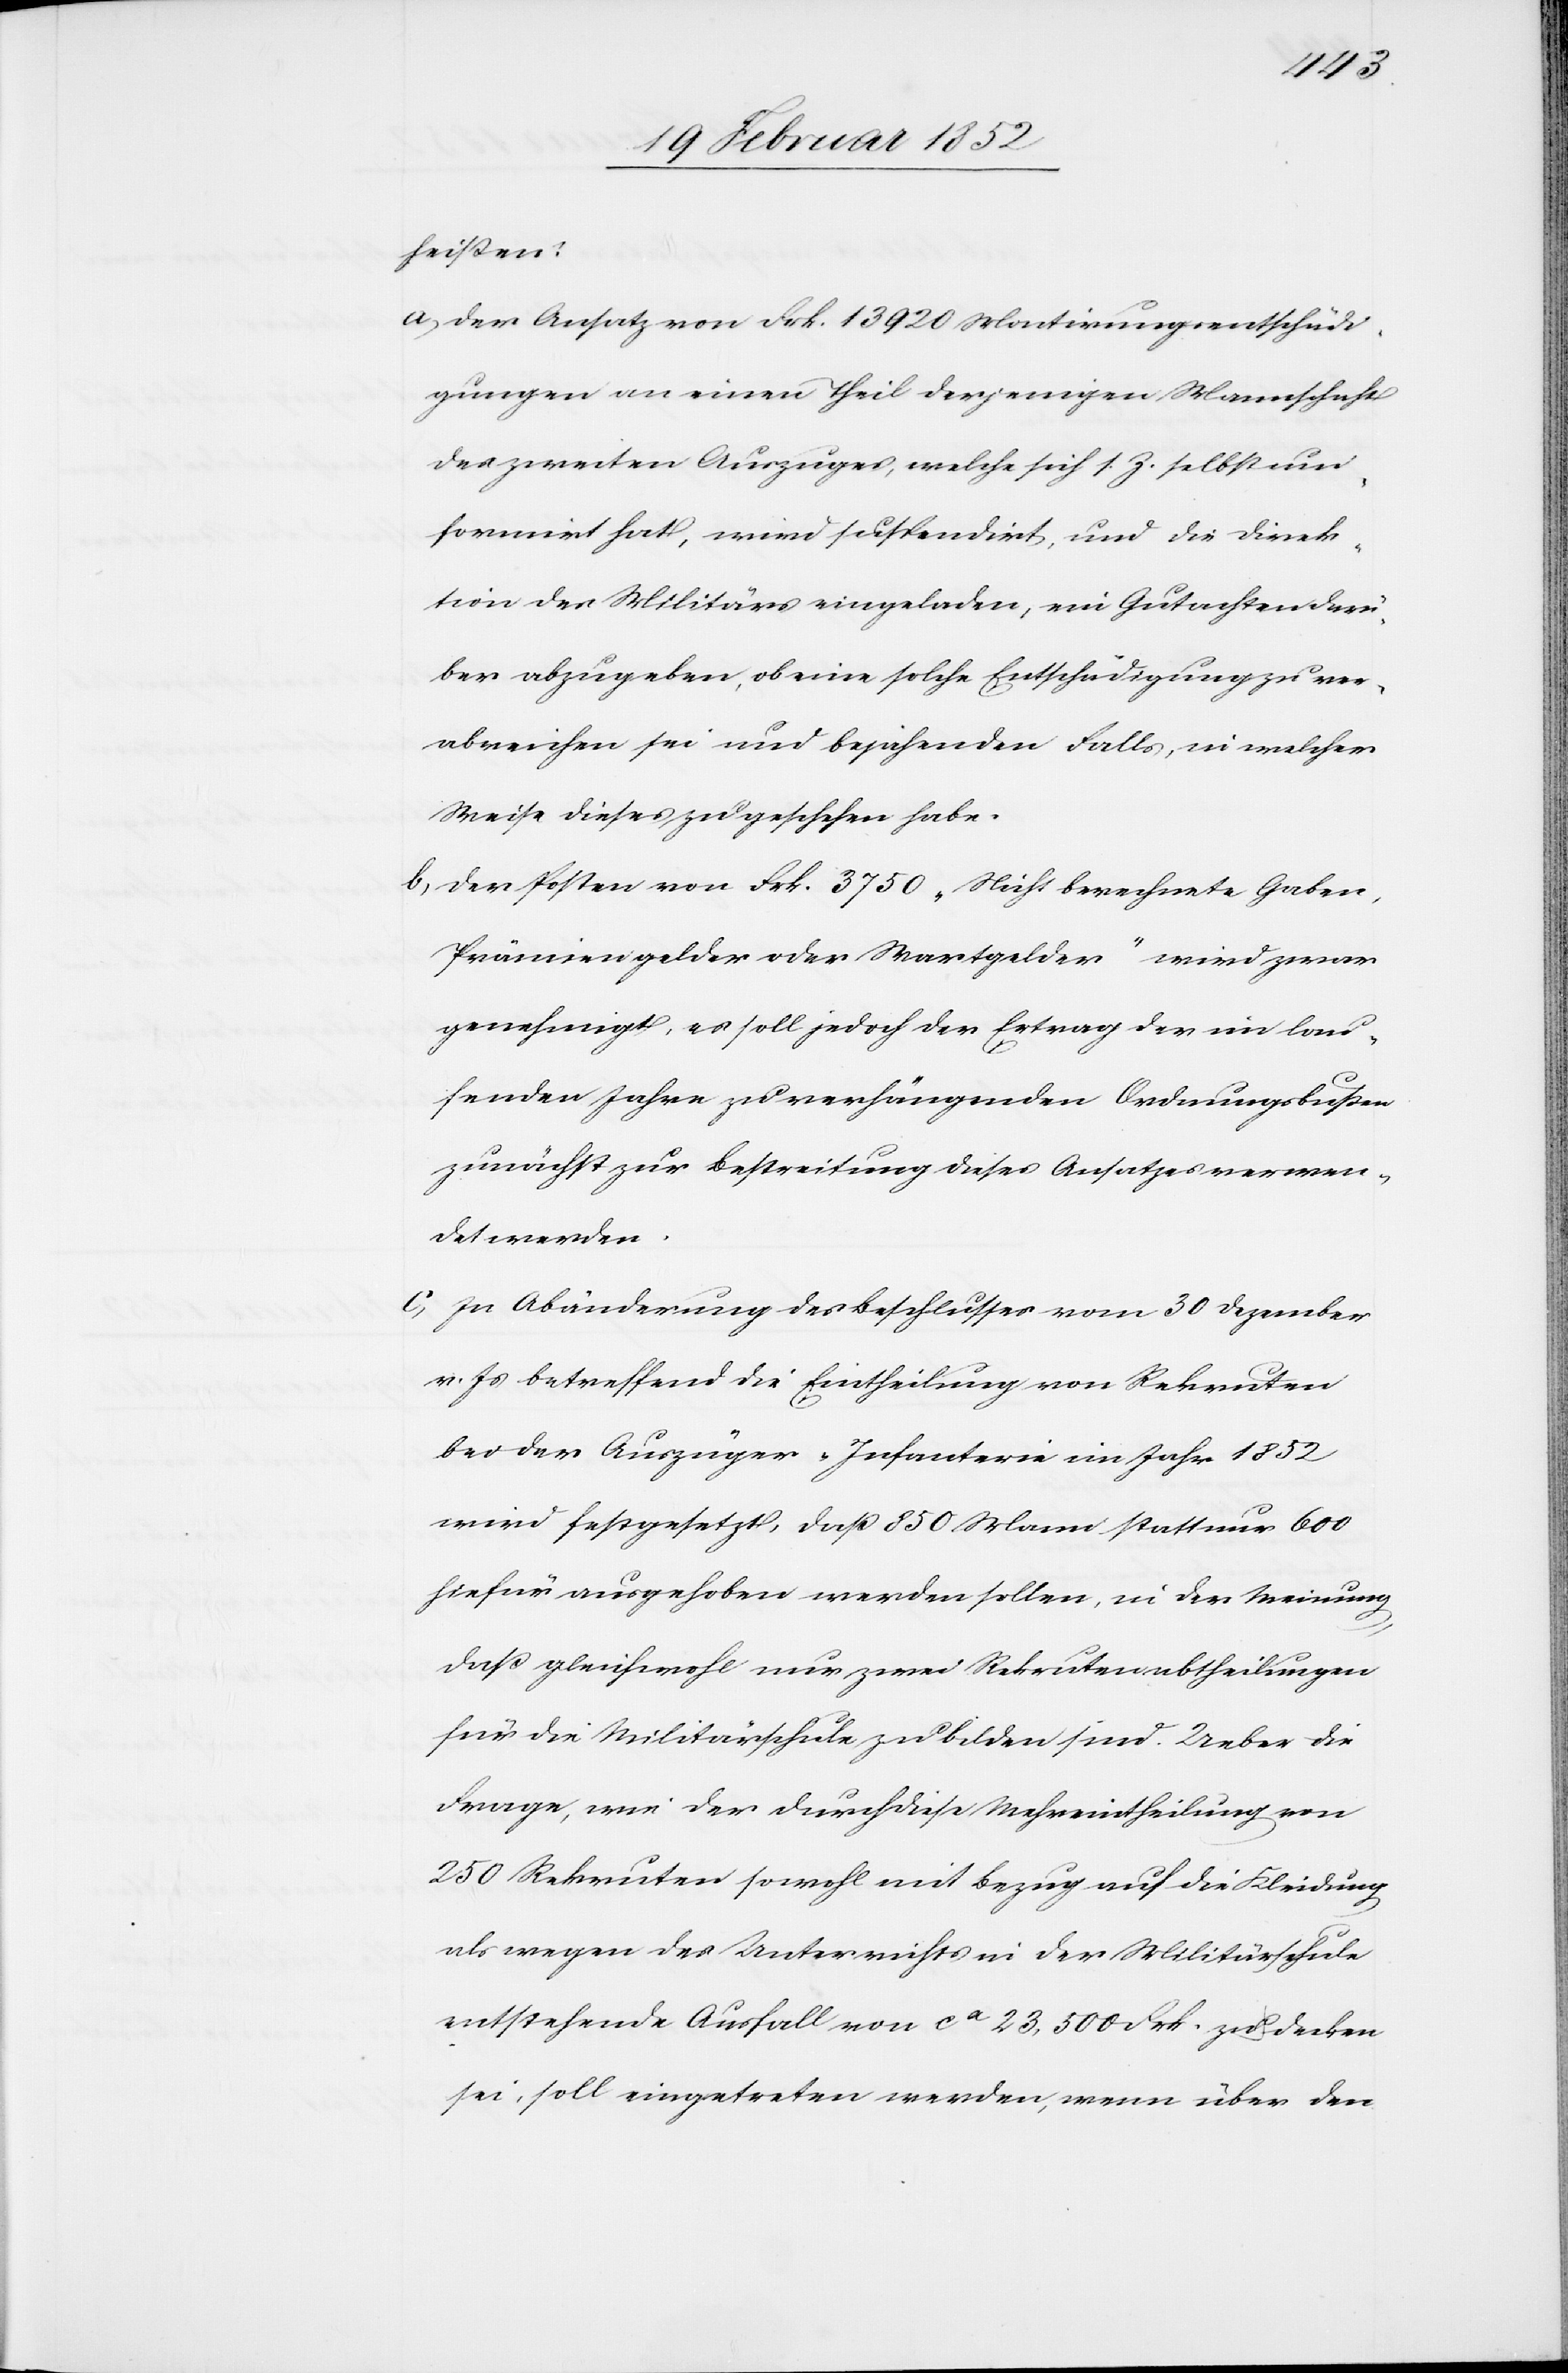
heissen:
a) Der Ansatz von Frk. 13 920 Montirungsentschädi¬
gungen an einen Theil derjenigen Mannschaft
des zweiten Auszuges, welche sich z. Z. selbst um¬
formiert hat, wird suspendirt, und die Direk¬
tion des Militärs eingeladen, ein Gutachten dar¬
über abzugeben, ob eine solche Entschädigung zu ver¬
abreichen sei und bejahenden Falls, in welcher
Weise dieses zu geschehen habe.
b) Der Posten von Frk. 3750 „Nicht berechnete Gaben,
Prämiengelder oder Wartgelder“ wird zwar
genehmigt, es soll jedoch der Ertrag der im lau¬
fenden Jahre zu verhängenden Ordnungsbußen
zunächst zur Bestreitung dieses Ansatzes verwen¬
det werden.
c) In Abänderung des Beschlusses vom 30 Dezember
v. Js betreffend die Eintheilung von Rekruten
bei der Auszüger-Infanterie im Jahr 1852
wird festgesetzt, daß 850 Mann statt nur 600
hiefür ausgehoben werden sollen, in der Meinung,
daß gleichwohl nur zwei Rekrutenabtheilungen
für die Militärschule zu bilden sind. Ueber die
Frage, wie der durch diese Mehreintheilung von
250 Rekruten sowohl mit Bezug auf die Kleidung
als wegen des Unterrichts in der Militärschule
entstehende Ausfall von ca 23,500 Frk. zu decken
sei, soll eingetreten werden, wenn über den